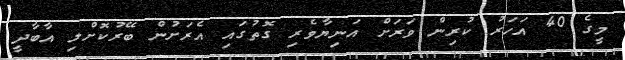
މީގެ 40 އަހަރު ކުރިން ވަރަށް އަނިޔާވެރި ގޮތުގައި އެރަށުން ބޭރުކޮށްލި އާބާދީ